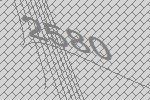
2580